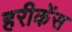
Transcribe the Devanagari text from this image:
हरीकेंस